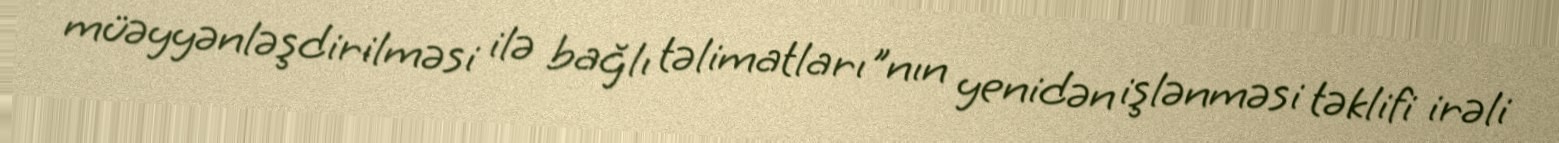
müəyyənləşdirilməsi ilə bağlı təlimatları"nın yenidən işlənməsi təklifi irəli